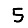
Digit: 5